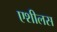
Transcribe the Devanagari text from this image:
एशीलस